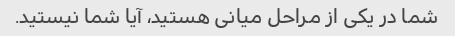
شما در یکی از مراحل میانی هستید، آیا شما نیستید.